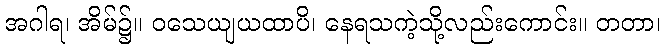
အဂါရ၊ အိမ်၌။ ဝသေယျယထာပိ၊ နေရသကဲ့သို့လည်းကောင်း။ တတာ၊